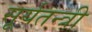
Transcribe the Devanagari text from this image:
सूर्यतन्त्री